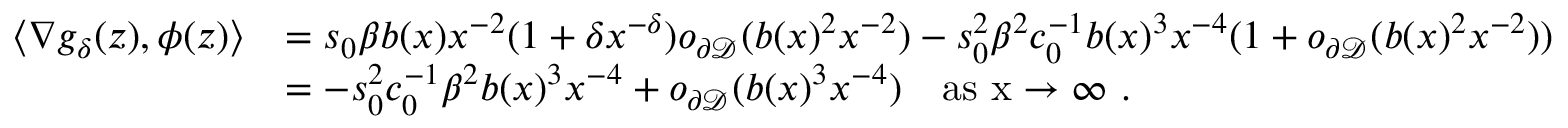
\begin{array} { r l } { \langle \nabla g _ { \delta } ( z ) , \phi ( z ) \rangle } & { = s _ { 0 } \beta b ( x ) x ^ { - 2 } ( 1 + \delta x ^ { - \delta } ) o _ { \partial { \mathcal D } } ( b ( x ) ^ { 2 } x ^ { - 2 } ) - s _ { 0 } ^ { 2 } \beta ^ { 2 } c _ { 0 } ^ { - 1 } b ( x ) ^ { 3 } x ^ { - 4 } ( 1 + o _ { \partial { \mathcal D } } ( b ( x ) ^ { 2 } x ^ { - 2 } ) ) } \\ & { = - s _ { 0 } ^ { 2 } c _ { 0 } ^ { - 1 } \beta ^ { 2 } b ( x ) ^ { 3 } x ^ { - 4 } + o _ { \partial { \mathcal D } } ( b ( x ) ^ { 3 } x ^ { - 4 } ) \quad \mathrm { a s ~ x \to \infty ~ . } } \end{array}